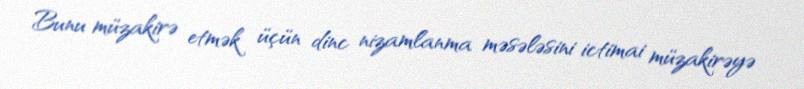
Bunu müzakirə etmək üçün dinc nizamlanma məsələsini ictimai müzakirəyə